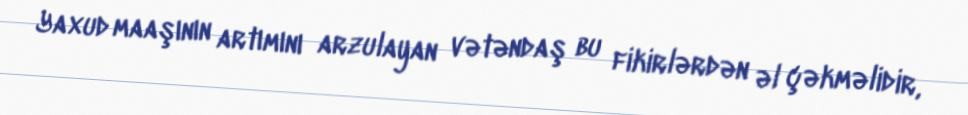
Yaxud maaşının artımını arzulayan vətəndaş bu fikirlərdən əl çəkməlidir,